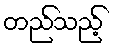
တည်သည့်